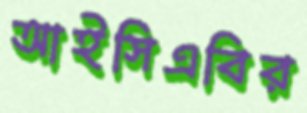
আইসিএবির